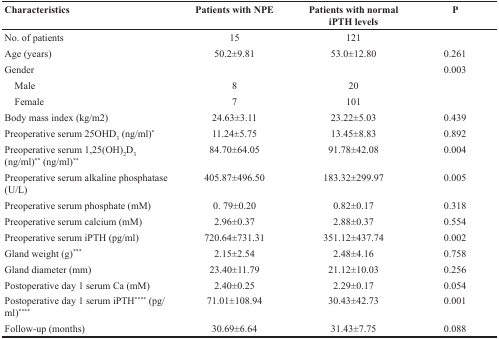
<table><thead><tr><td><b>Characteristics</b></td><td><b>Patients with NPE</b></td><td><b>Patients with normal iPTH levels</b></td><td><b>P</b></td></tr></thead><tbody><tr><td>No. of patients</td><td>15</td><td>121</td><td></td></tr><tr><td>Age (years)</td><td>50.2±9.81</td><td>53.0±12.80</td><td>0.261</td></tr><tr><td>Gender</td><td></td><td></td><td>0.003</td></tr><tr><td> Male</td><td>8</td><td>20</td><td></td></tr><tr><td> Female</td><td>7</td><td>101</td><td></td></tr><tr><td>Body mass index (kg/m2)</td><td>24.63±3.11</td><td>23.22±5.03</td><td>0.439</td></tr><tr><td>Preoperative serum 25OHD<sub>3</sub> (ng/ml)<sup>*</sup></td><td>11.24±5.75</td><td>13.45±8.83</td><td>0.892</td></tr><tr><td>Preoperative serum 1,25(OH)<sub>2</sub>D<sub>3</sub> (ng/ml)<sup>**</sup> (ng/ml)<sup>**</sup></td><td>84.70±64.05</td><td>91.78±42.08</td><td>0.004</td></tr><tr><td>Preoperative serum alkaline phosphatase (U/L)</td><td>405.87±496.50</td><td>183.32±299.97</td><td>0.005</td></tr><tr><td>Preoperative serum phosphate (mM)</td><td>0. 79±0.20</td><td>0.82±0.17</td><td>0.318</td></tr><tr><td>Preoperative serum calcium (mM)</td><td>2.96±0.37</td><td>2.88±0.37</td><td>0.554</td></tr><tr><td>Preoperative serum iPTH (pg/ml)</td><td>720.64±731.31</td><td>351.12±437.74</td><td>0.002</td></tr><tr><td>Gland weight (g)<sup>***</sup></td><td>2.15±2.54</td><td>2.48±4.16</td><td>0.758</td></tr><tr><td>Gland diameter (mm)</td><td>23.40±11.79</td><td>21.12±10.03</td><td>0.256</td></tr><tr><td>Postoperative day 1 serum Ca (mM)</td><td>2.40±0.25</td><td>2.29±0.17</td><td>0.054</td></tr><tr><td>Postoperative day 1 serum iPTH<sup>****</sup> (pg/ml)<sup>****</sup></td><td>71.01±108.94</td><td>30.43±42.73</td><td>0.001</td></tr><tr><td>Follow-up (months)</td><td>30.69±6.64</td><td>31.43±7.75</td><td>0.088</td></tr></tbody></table>